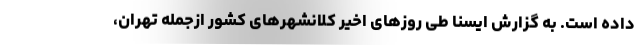
داده‌ است. به گزارش ایسنا طی روزهای اخیر کلانشهرهای کشور ازجمله تهران،